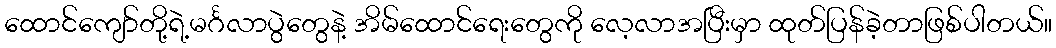
ထောင်ကျော်တို့ရဲ့မင်္ဂလာပွဲတွေနဲ့ အိမ်ထောင်ရေးတွေကို လေ့လာအပြီးမှာ ထုတ်ပြန်ခဲ့တာဖြစ်ပါတယ်။